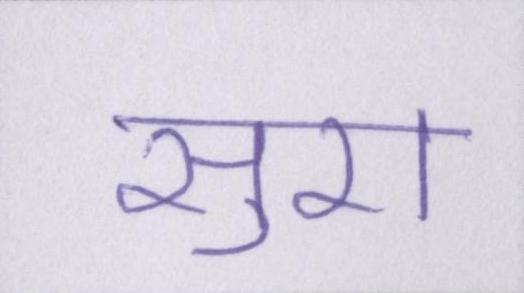
सुरा